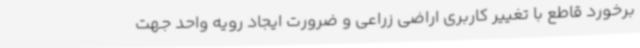
برخورد قاطع با تغییر کاربری اراضی زراعی و ضرورت ایجاد رویه واحد جهت